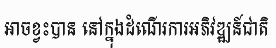
អាចខ្វះបាន នៅក្នុងដំណើរការអភិវឌ្ឍន៍ជាតិ